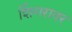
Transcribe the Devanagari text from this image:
शिंगरावर